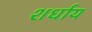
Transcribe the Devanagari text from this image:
शर्धाय